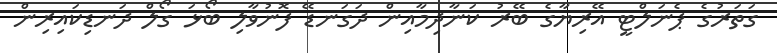
ގަތަރުގެ ޕެނަލްޓީ އޭރިޔާގެ ބޭރު ކަނާދިމާއިން ދަގަނޑޭ ފޮނުވާލި ބޯޅަ ގޯލް ދަނޑިކައިރިން